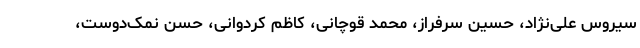
سیروس علی‌نژاد، حسین سرفراز، محمد قوچانی، کاظم کردوانی، حسن نمک‌دوست،